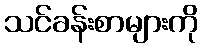
သင်ခန်းစာများကို